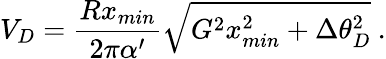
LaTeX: V_{D}=\frac{Rx_{min}}{2\pi\alpha^{\prime}}\sqrt{G^{2}x_{min}^{2}+\Delta\theta_{D}^{2}}\ .